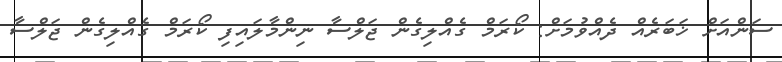
ސަންއަށް ޚަބަރެއް ދެއްވުމަށް: ކޯރަމް ގެއްލިގެން ޖަލްސާ ނިންމާލައިފި ކޯރަމް ގެއްލިގެން ޖަލްސާ